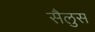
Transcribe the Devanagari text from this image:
सैलुस